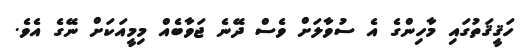
ހަޤީޤަތުގައި މާހިންގެ އެ ސުވާލަށް ވެސް ދޭނެ ޖަވާބެއް މިމީއަކަށް ނޭގެ އެވެ.